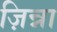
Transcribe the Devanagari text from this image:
ज़िन्ना